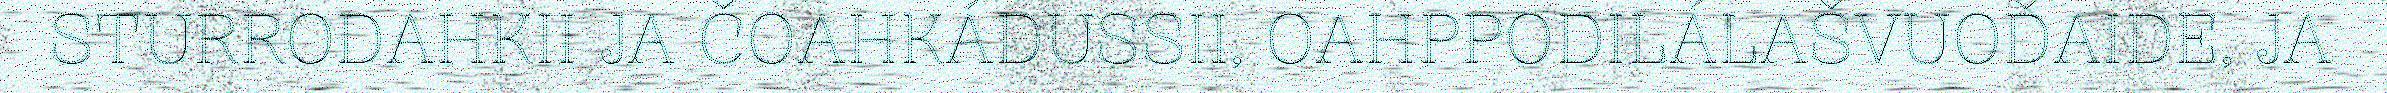
STURRODAHKII JA ČOAHKÁDUSSII, OAHPPODILÁLAŠVUOĐAIDE, JA